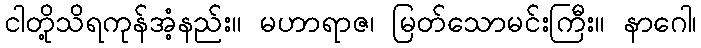
ငါတို့သိရကုန်အံ့နည်း။ မဟာရာဇ၊ မြတ်သောမင်းကြီး။ နာဂေါ၊